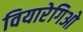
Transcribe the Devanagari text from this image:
वियारेगिओ